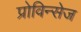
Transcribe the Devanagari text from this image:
प्रोविन्सेज